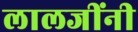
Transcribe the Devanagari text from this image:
लालजींनी